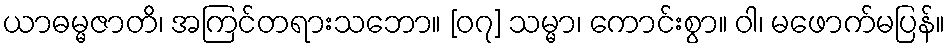
ယာဓမ္မဇာတိ၊ အကြင်တရားသဘော။ [၀၇] သမ္မာ၊ ကောင်းစွာ။ ဝါ၊ မဖောက်မပြန်။